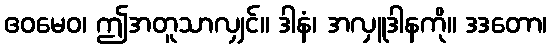
ဧဝမေဝ၊ ဤအတူသာလျှင်။ ဒါနံ၊ အလှူဒါနကို။ ဒဒတော၊